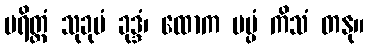
ပရိတ္တံ သုခုမံ ခုဒ္ဒံ၊ ထောက မပ္ပံ ကိသံ တနု။